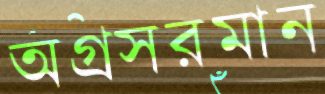
অগ্রসরমান